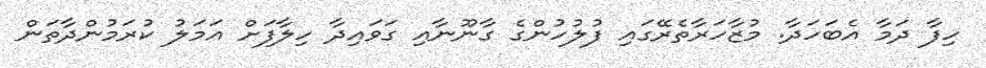
ހިފާ ދަމާ އެބަހަދާ. މުޒާހަރާތެރޭގައި ފުލުހުންގެ ގާނޫނާއި ގަވައިދާ ހިލާފަށް އަމަލު ކުރަމުންދާތަން